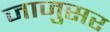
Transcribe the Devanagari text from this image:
जाजुसर